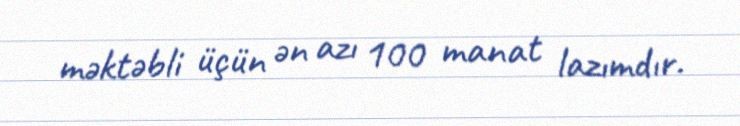
məktəbli üçün ən azı 100 manat lazımdır.